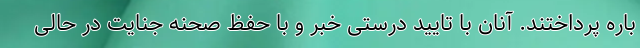
باره پرداختند. آنان با تایید درستی خبر و با حفظ صحنه جنایت در حالی